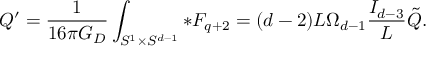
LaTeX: { \cal Q } ^ { \prime } = { \frac { 1 } { 1 6 \pi G _ { D } } } \int _ { S ^ { 1 } \times S ^ { d - 1 } } * F _ { q + 2 } = ( d - 2 ) L \Omega _ { d - 1 } { \frac { I _ { d - 3 } } { L } } \tilde { Q } .